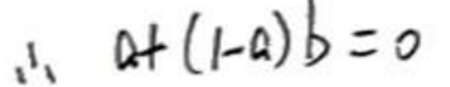
\(\therefore a+(1-a)b = 0\)